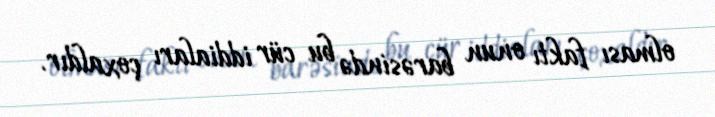
olması faktı onun barəsində bu cür iddiaları çoxaldır.